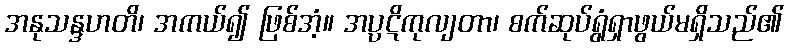
အနုသန္ဒဟတိ၊ အကယ်၍ ဖြစ်အံ့။ အပ္ပဋိကုလျတာ၊ စက်ဆုပ်ရွံရှာဖွယ်မရှိသည်၏